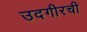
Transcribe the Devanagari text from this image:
उदगीरची